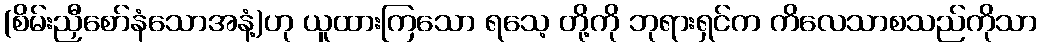
(စိမ်းညှီစော်နံသောအနံ့)ဟု ယူထားကြသော ရသေ့ တို့ကို ဘုရားရှင်က ကိလေသာစသည်ကိုသာ